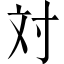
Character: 対